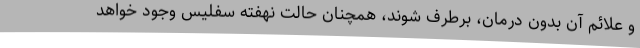
و علائم آن بدون درمان، برطرف شوند، همچنان حالت نهفته سفلیس وجود خواهد